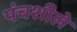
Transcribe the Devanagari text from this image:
पंचशीले